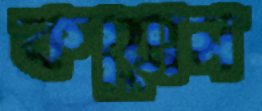
কয়োন